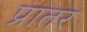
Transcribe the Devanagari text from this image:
प्रातर